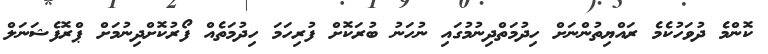
ކޮންމެ ދުވަހުކެމެ ރައްޔިތުންނަށް ހިދުމަތްދިނުމުގައި ނުހަނު ބުރަކޮށް ފުރިހަމަ ހިދުމަތެއް ފޯރުކޮށްދިނުމަށް ޕްރޮފެޝަނަލް